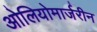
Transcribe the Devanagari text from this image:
ओलियोमार्जरीन